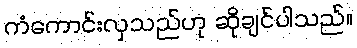
ကံကောင်းလှသည်ဟု ဆိုချင်ပါသည်။